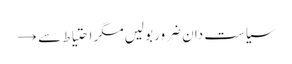
سیاست دان ضرور بولیں مگر احتیاط سے →